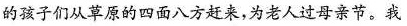
的孩子们从草原的四面八方赶来，为老人过母亲节。我